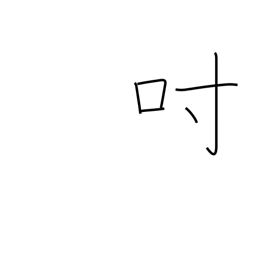
Meaning: inch